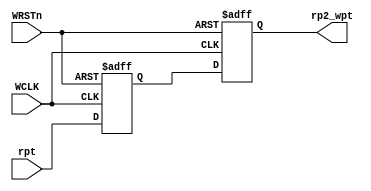
/**Read to Write Sync module**/
module r2w_sync#(
	parameter ADDR_WIDTH = 4
)
(
	input 						  WRSTn,    //write RSTn
	input 					      WCLK,     //write CLK
	input      [ ADDR_WIDTH : 0 ] rpt,      //output to write port gray
	output reg [ ADDR_WIDTH : 0 ] rp2_wpt   //D trigger sync with two levels,second level
);


reg [ ADDR_WIDTH : 0 ] rp1_wpt;         //frist level
//reg [ ADDR_WIDTH : 0 ] rp2_wpt; 

always @ ( posedge WCLK or negedge WRSTn )
begin
	if ( !WRSTn )
	begin
		{ rp2_wpt,rp1_wpt } <= 0;
	end
	else 
	begin
		{ rp2_wpt,rp1_wpt } <= { rp1_wpt,rpt };
	end
end

endmodule